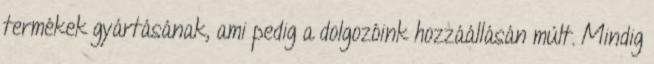
termékek gyártásának, ami pedig a dolgozóink hozzáállásán múlt. Mindig